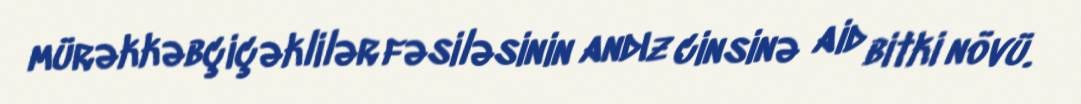
mürəkkəbçiçəklilər fəsiləsinin andız cinsinə aid bitki növü.